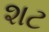
શટ